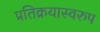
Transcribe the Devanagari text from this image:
प्रतिक्रयास्वरुप